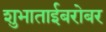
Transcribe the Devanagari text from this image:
शुभाताईबरोबर